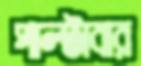
পাল্‌টাবার